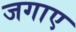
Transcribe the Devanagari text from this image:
जगाए